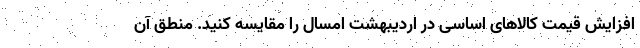
افزایش قیمت کالاهای اساسی در اردیبهشت امسال را مقایسه کنید. منطق آن